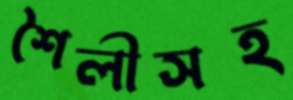
শৈলীসহ